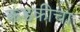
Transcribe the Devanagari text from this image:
कडकीचा